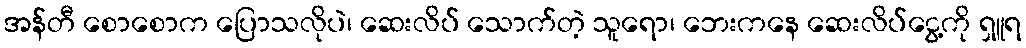
အန်တီ စောစောက ပြောသလိုပဲ၊ ဆေးလိပ် သောက်တဲ့ သူရော၊ ဘေးကနေ ဆေးလိပ်ငွေ့ကို ရှူရ